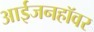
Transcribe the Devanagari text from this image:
आईजनहॉवर